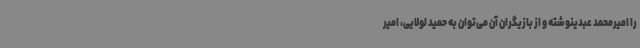
را امیرمحمد عبدینوشته و از بازیگران آن می‌توان به حمید لولایی، امیر